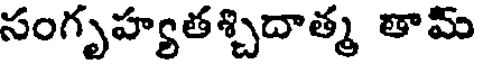
సంగృహ్యతశ్చిదాత్మ తామ్